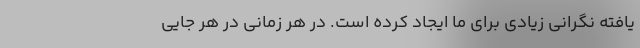
یافته نگرانی زیادی برای ما ایجاد کرده است. در هر زمانی در هر جایی